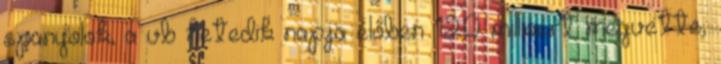
spanyolok, a vb hetedik napja élőben 120 millióért megvette,